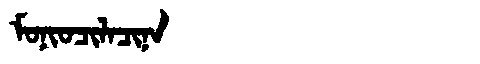
Manchu: ᠮᠣᠨᡳᠣᠴᡳᠯᠠᠴᡳᠨᠠ
Romanization: MONIOCILACINA